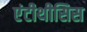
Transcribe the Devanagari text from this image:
एंटीथीसिस